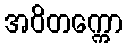
အဝိတက္ကော